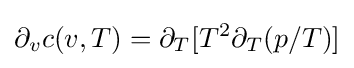
\partial _{v}c(v,T)=\partial _{T}[T^{2}\partial _{T}(p/T)]